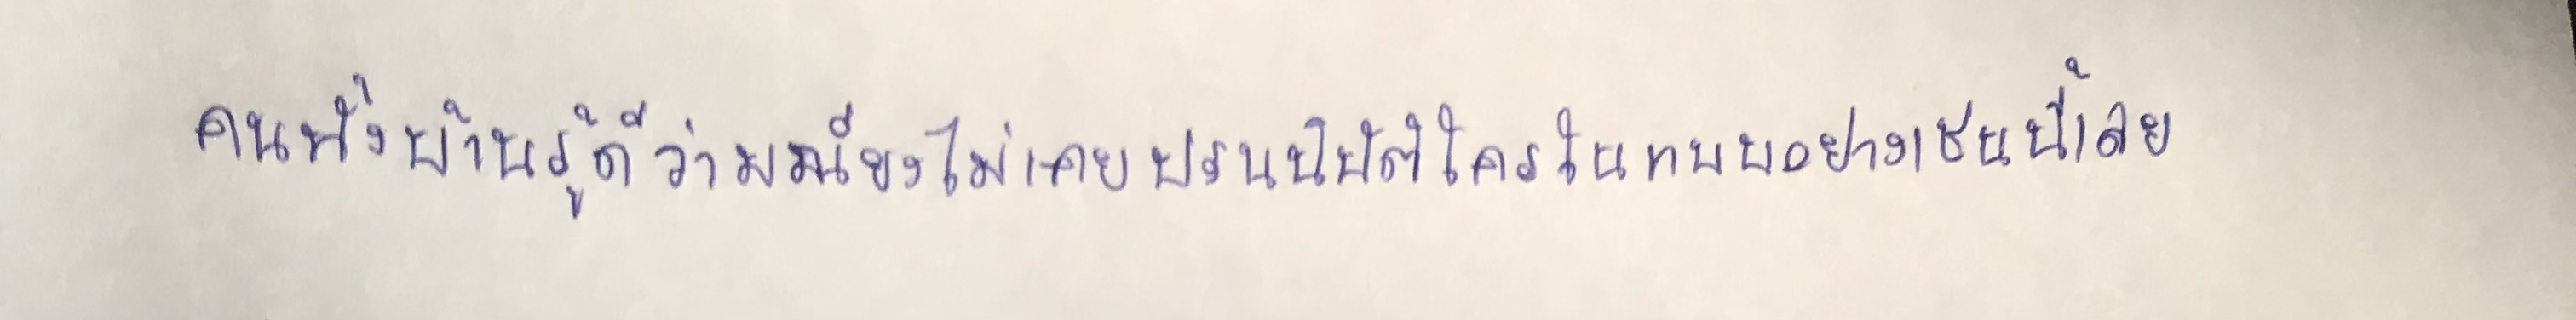
คนทั้งบ้านรู้ดีว่ามณียงไม่เคยปรนนิบัติใครในแบบอย่างเช่นนี้เลย